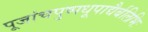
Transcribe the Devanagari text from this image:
पूजांचपुष्पधूपाद्यैर्बलिभिः